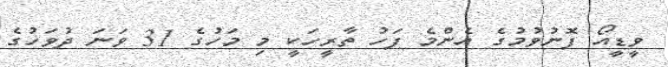
ވީޑީއޯ ފޮނުވުމުގެ އެންމެ ފަހު ތާރީހަކީ މި މަހުގެ 31 ވަނަ ދުވަހުގެ